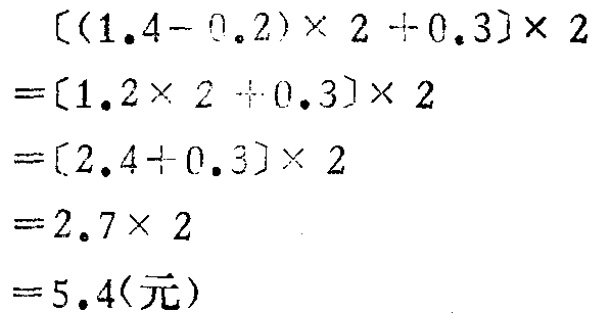
\[

\begin{align*}

&[(1.4 - 0.2)\times2 + 0.3]\times2\\

=&[1.2\times2 + 0.3]\times2\\

=&[2.4 + 0.3]\times2\\

=&2.7\times2\\

=&5.4(\text{元})

\end{align*}

\]